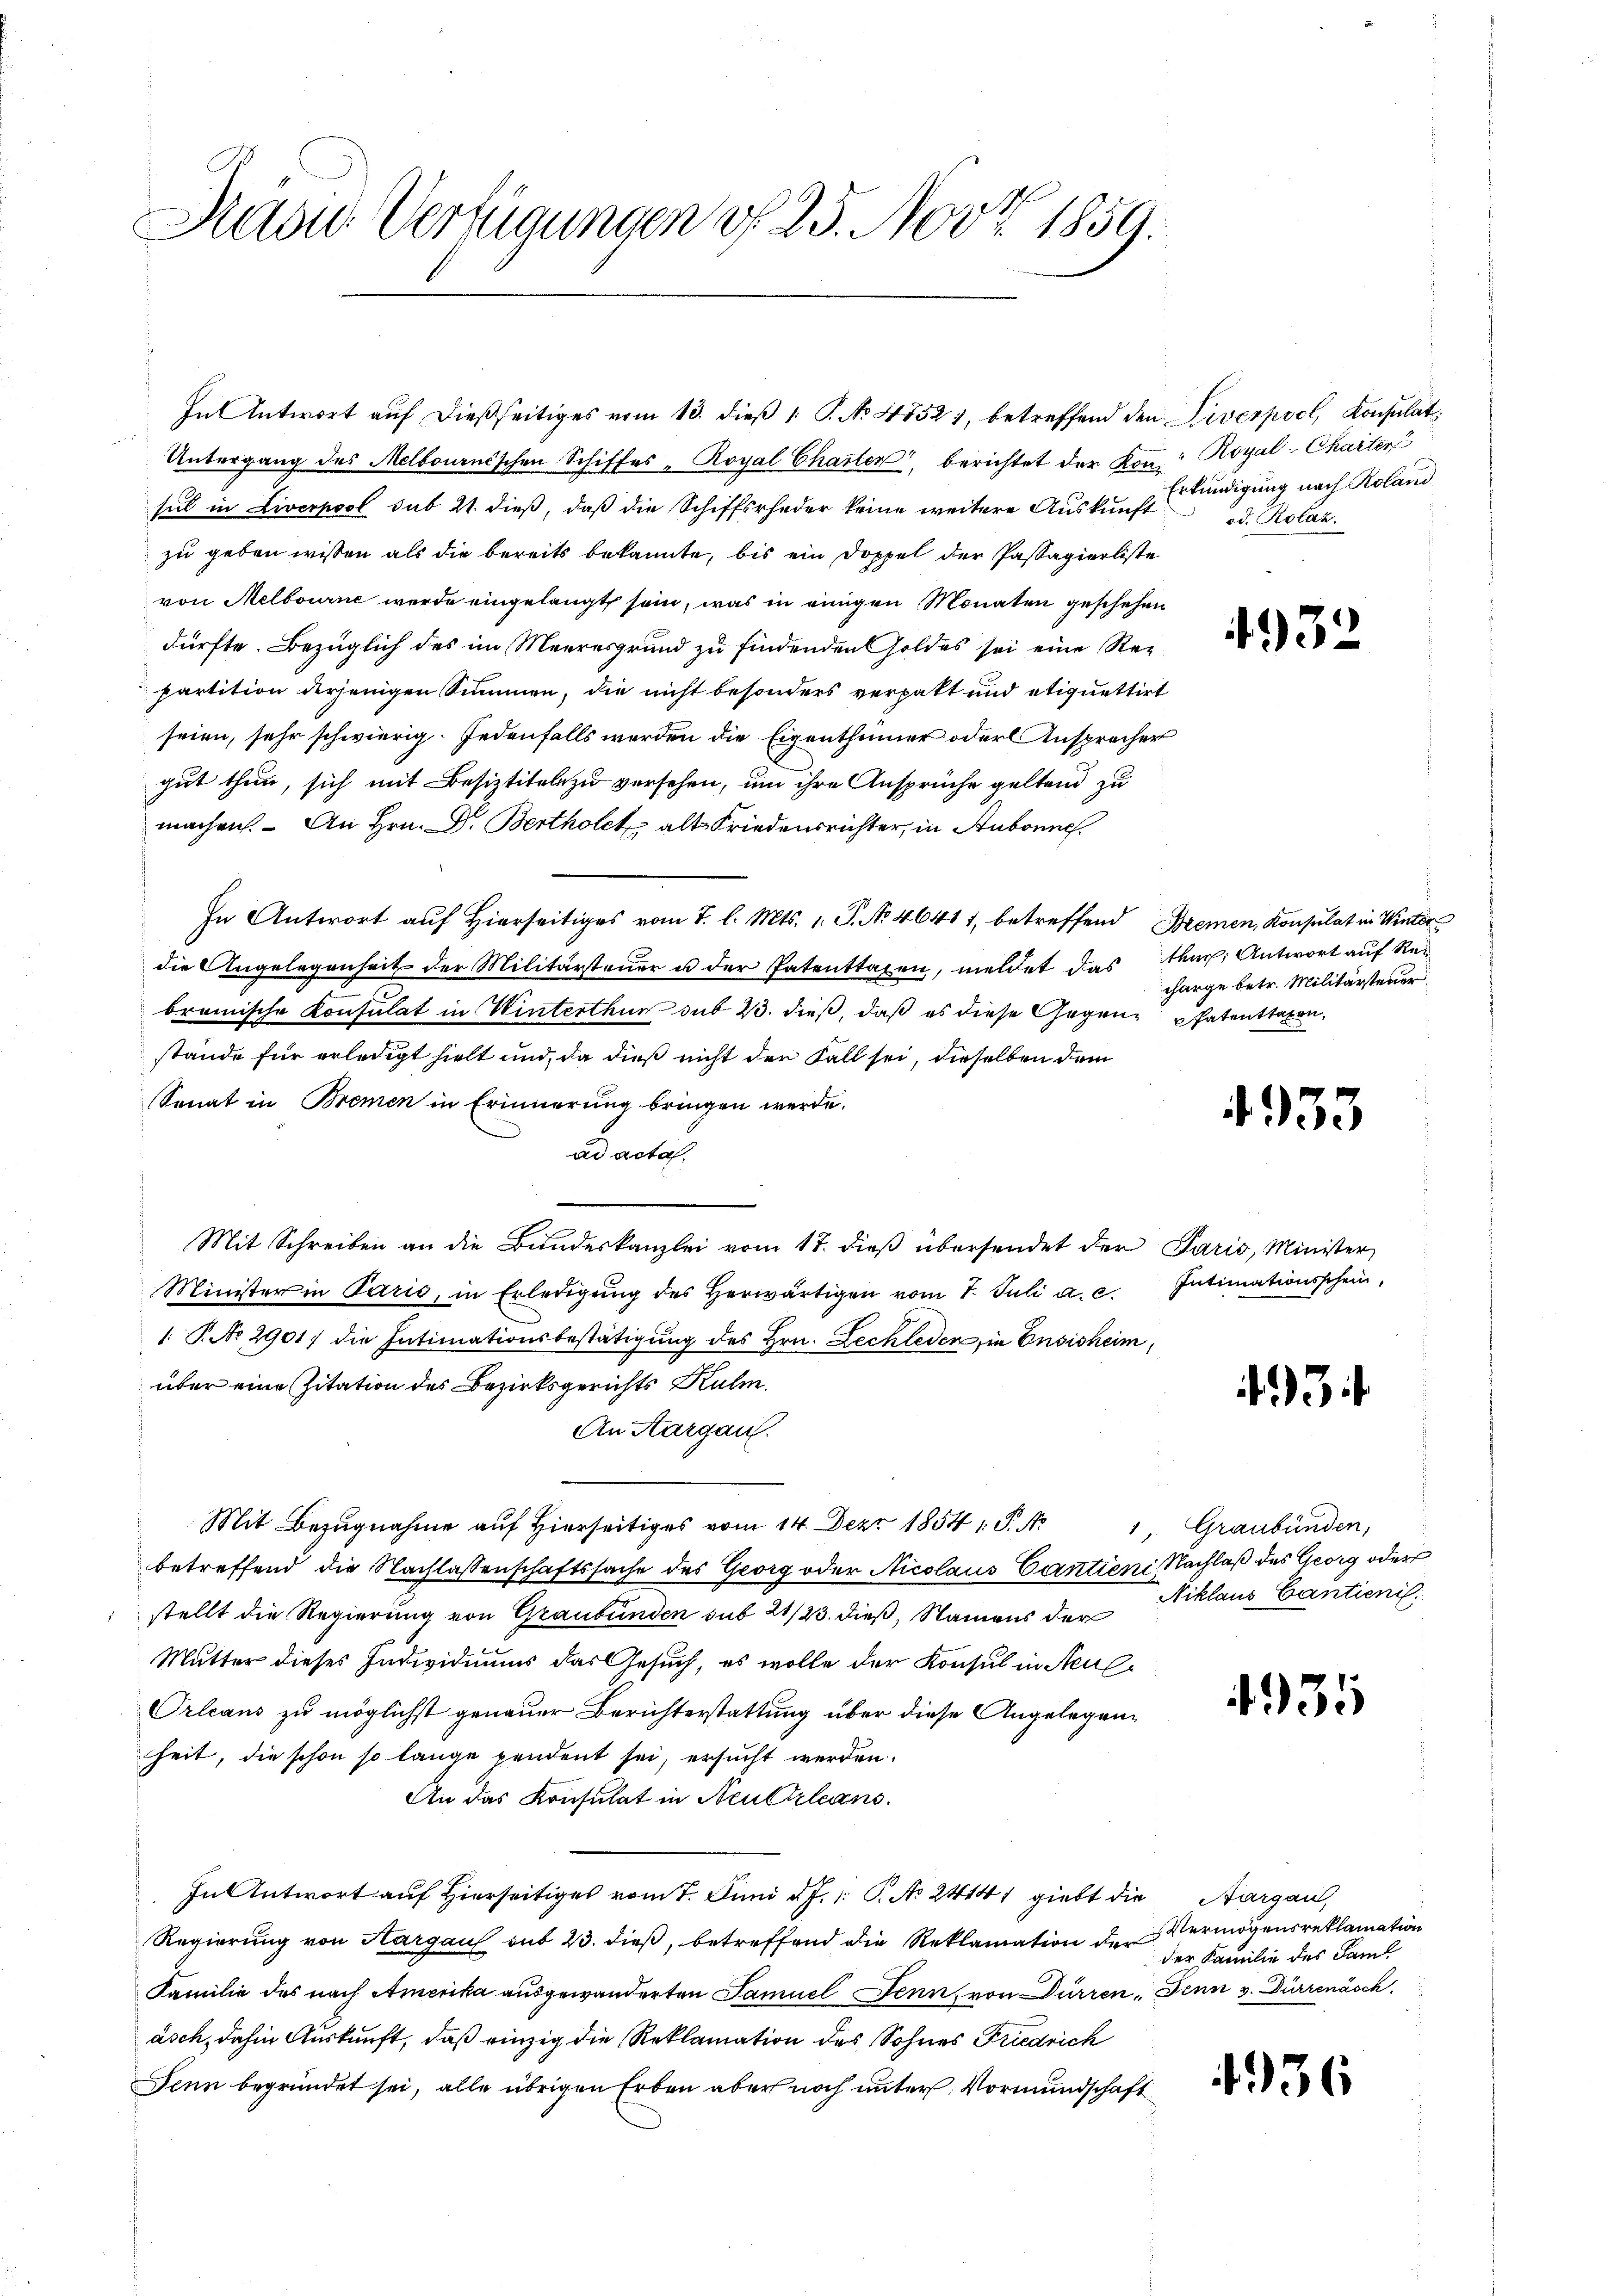
Das Verfügungen d. 25. Nov. 1859.

Untergang des Melbournischen Schiffes - Royal Charten, berichtet der Kon: Royal-Charter
sul in Liverpool sub 21. dieß, daß die Schiffsrheder keine weitere Auskunft Stündigung nach Roland
zu geben wissen als die bereits bekannte, bis ein Doppel der Passagierliste
von Melbourne werde eingelangt sein, was in einigen Monaten geschehen
dürfte. Bezüglich des im Meeresgrund zu findenden Goldes sei eine Regpartition derjenigen Summen, die nicht besonders verpakt und etiquettirt
seien, sehr schwierig. Jedenfalls werden die Eigenthümer oder Ansprecher
gut thun, sich mit Besiztiteln zu versehen, um ihre Ansprüche geltend zu
machen. An Hrn. Dr. Bertholet alte Friedensrichter, in Stubonne
In Antwort auf Hierseitiges vom 7. l. Mts. 1. P. No 46417, betreffend Bremen, Konsulat in Winter
die Angelegenheit der Militärsteuer u der Patenttaxen, meldet das Mar. Antwort auf Re-
bromische Konsulat in Winterthur sub 23. dieß, daß es diese Gegenz Patenttaxen,
stände für erledigt hielt und, da dieß nicht der Fall sei, dieselben dem
Senat in Bremen in Erinnerung bringen werde.
ad acta.
Mit Schreiben an die Bundeskanzlei vom 17. dieß übersendet der Paris, Minister,
Minister in Parić, in Erledigŭng des herwärtigen vom 7. Juli a.c. Intimationsschein,
1. P. No. 2901) die Intimationsbestätigung des Hrn. Zechleder, in Ensisheim,
über eine Zitation des Bezirksgerichts Kulm.
An Aargau.
Mit Bezugnahme auf Hierseitiges vom 14. Dez. 1854 1 S. Nr. 1 Graubünden,
betreffend die Nachlassenschaftssache des Georg oder Nicolaus Cantien Nachlaß des Georg oder
stellt die Regierung von Graubünden sub 21/23. dieß, Namens der Niklaus Cautionis
Mutter dieses Individuums das Gesuch, es wolle der Konsul in Neul
Orleans zu möglichst genauer Berichterstattung über diese Angelegenheit, die schon so lange pendent sei, ersucht werden.
An das Konsulat in Neuktrleans
In Antwort auf Hierseitiges vom 7. Juni v. J. P. No 24141 giebt die Aargau,
Regierung von Hargau sub 23. dieß, betreffend die Reklamation der Vermögensreklamation
Familie des nach Amerika ausgewanderten Samuel Senn, von Dürren, Senn v. Dürrenäsch
asch, dahin Auskunft, daß einzig die Reklamation des Sohnes Friedrich
Denn begründet sei, alle übrigen Erben aber noch unter Vormundschaft

In Antwort auf dießseitiges vom 13. dieß 1 P. No 4852), betreffend den Diverpool, Konsulat

od. Rolaz.

193

charge betr. Militärsteuer

4953

3

4935

der Familie des Saml

4936